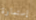
إستمارة